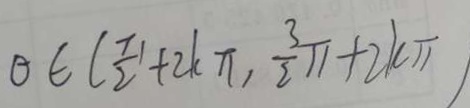
\theta \in ( \frac { \pi } { 2 } + 2 k \pi , \frac { 3 } { 2 } \pi + 2 k \pi )